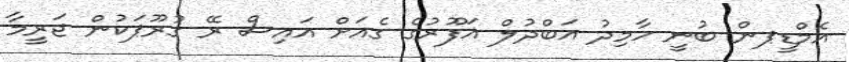
އެމްޑީޕން ބުނީ ހާމިދު އަބްދުލް ޣަފޫރުގެ ގެއަށް އައިސް ރޭ ގުރޫޕަކުން ޖަރީމާ